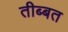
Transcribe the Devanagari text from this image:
तीब्‍बत